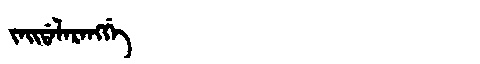
Manchu: ᠵᠠᡳᡩᠠᠯᠠᡵᠠᠩᡤᡝ
Romanization: JAIDALARANGGE